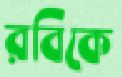
রবিকে